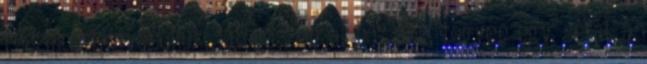
részeként javasoljuk, látogasson el hozzánk, tegyen egy sétát a